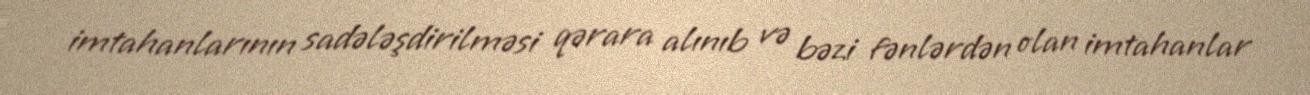
imtahanlarının sadələşdirilməsi qərara alınıb və bəzi fənlərdən olan imtahanlar